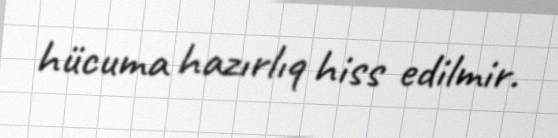
hücuma hazırlıq hiss edilmir.